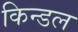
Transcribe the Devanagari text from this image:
किन्डल